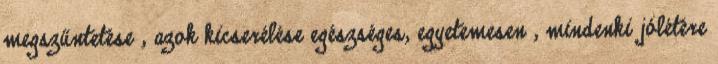
megszűntetése , azok kicserélése egészséges, egyetemesen , mindenki jólétére